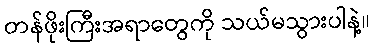
တန်ဖိုးကြီးအရာတွေကို သယ်မသွားပါနဲ့။